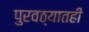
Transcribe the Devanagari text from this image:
पुरवठ्यातही